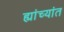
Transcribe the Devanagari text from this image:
ह्यांच्यांत